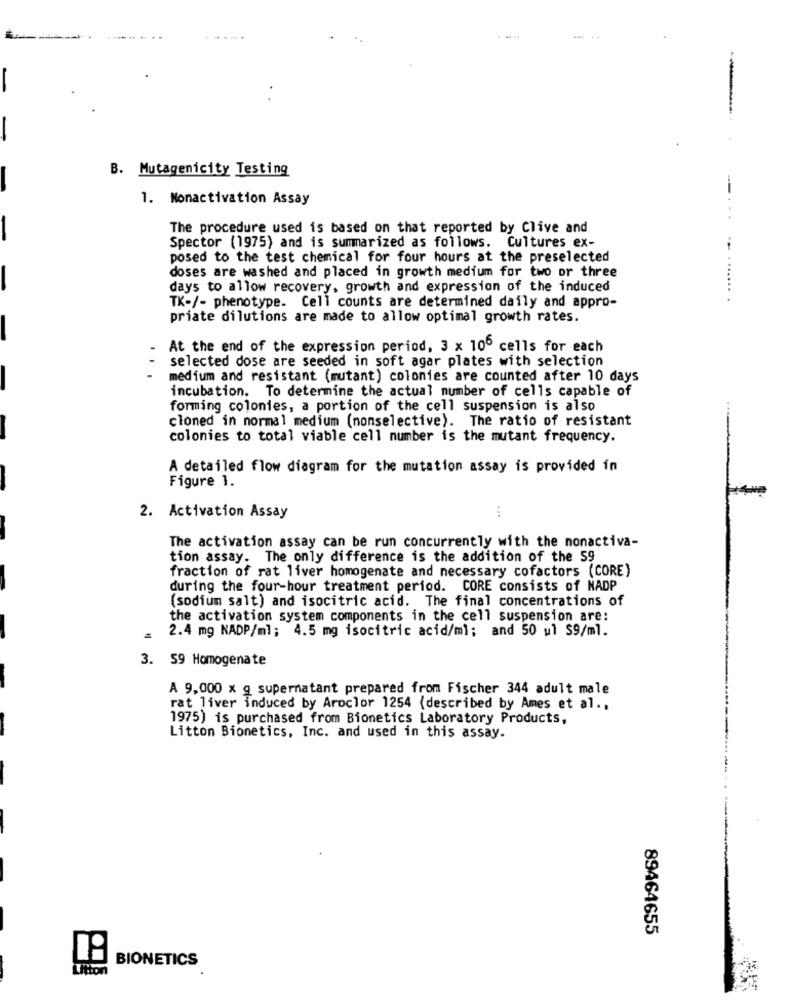
B. Mutagenicity Testing
1. Nonactivation Assay
The procedure used is based on that reported by Clive and
Spector (1975) and is summarized as follows. Cultures ex-
posed to the test chemical for four hours at the preselected
doses are washed and placed in growth medium for two or three
days to allow recovery, growth and expression of the induced
TK-/- phenotype. Cell counts are determined daily and appro-
priate dilutions are made to allow optimal growth rates.
At the end of the expression period, 3 x 10º cells for each
selected dose are seeded in soft agar plates with selection
medium and resistant (mutant) colonies are counted after 10 days
incubation. To determine the actual number of cells capable of
forming colonies, a portion of the cell suspension is also
cloned in normal medium (nonselective). The ratio of resistant
colonies to total viable cell number is the mutant frequency.
A detailed flow diagram for the mutation assay is provided in
Figure 1.
...
2. Activation Assay
The activation assay can be run concurrently with the nonactiva-
tion assay. The only difference is the addition of the 59
fraction of rat liver homogenate and necessary cofactors (CORE)
during the four-hour treatment period. CORE consists of NADP
(sodium salt) and isocitric acid. The final concentrations of
the activation system components in the cell suspension are:
2.4 mg NADP/ml; 4.5 mg isocitric acid/ml; and 50 ul S9/ml.
3. 59 Homogenate
A 9,000 x g supernatant prepared from Fischer 344 adult male
rat liver induced by Aroclor 1254 (described by Ames et al .,
1975) is purchased from Bionetics Laboratory Products,
Litton Bionetics, Inc. and used in this assay.
89464655
BIONETICS
Ution